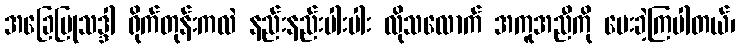
အခြေပြုသဒ္ဒါ ရိုက်တုန်းကလဲ နည်းနည်းပါးပါး လိုသလောက် အကူအညီကို ပေးခဲ့ကြပါတယ်၊